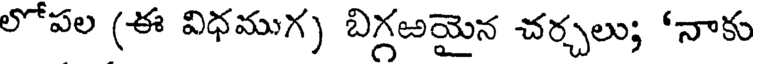
లోపల (ఈ విధముగ) బిగ్గఱయైన చర్చలు; 'నాకు